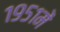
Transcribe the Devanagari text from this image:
१९५१में